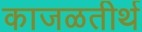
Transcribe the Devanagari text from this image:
काजळतीर्थ